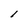
Character: l